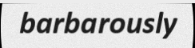
barbarously